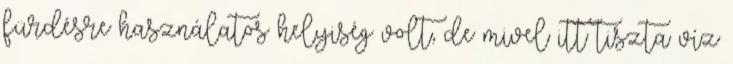
fürdésre használatos helyiség volt, de mivel itt tiszta víz